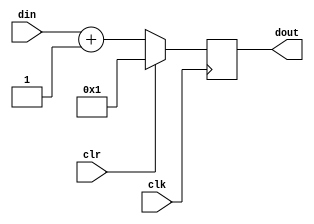
module incrementer(din, clk, clr, dout);

// Parameter definition for varying bit-width
parameter width = 5;

// Assigning ports as input/output
input [width-1 : 0] din;
input clk, clr;
output reg [width-1 : 0] dout;

// Initializing registers
initial
	dout <= {{(width-1){1'b0}}, 1'b1};

// Creating instantaneous incremented data
wire [width-1 : 0] dout_buf = din + {{(width-1){1'b0}}, 1'b1};

// Incrementer action:
always @(posedge clk)
begin
	if (clr)
		dout <= {{(width-1){1'b0}}, 1'b1};
	else
		dout <= dout_buf;
end

endmodule